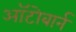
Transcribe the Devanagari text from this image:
ऑटोबार्न